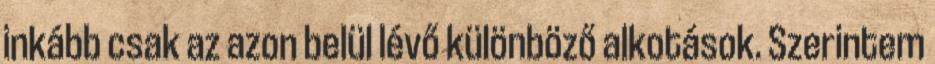
inkább csak az azon belül lévő különböző alkotások. Szerintem